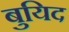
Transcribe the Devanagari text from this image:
बुयिद